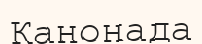
Канонада